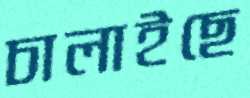
চালাইছে